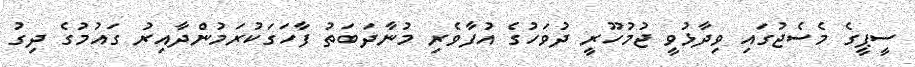
ސީޕީގެ މެސެޖުގައި ވިދާޅުވީ ޖުމުހޫރީ ދުވަހުގެ އުފާވެރި މުނާދަބަތު ފާހަގަކުރަމުންދާއިރު ގައުމުގެ ދިގު